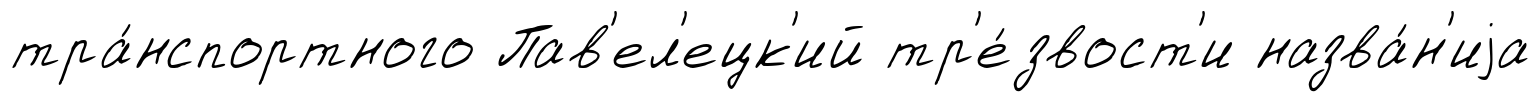
тра́нспортного Пав'ел'ецк'ий тр'е́звост'и назва́н'иjа